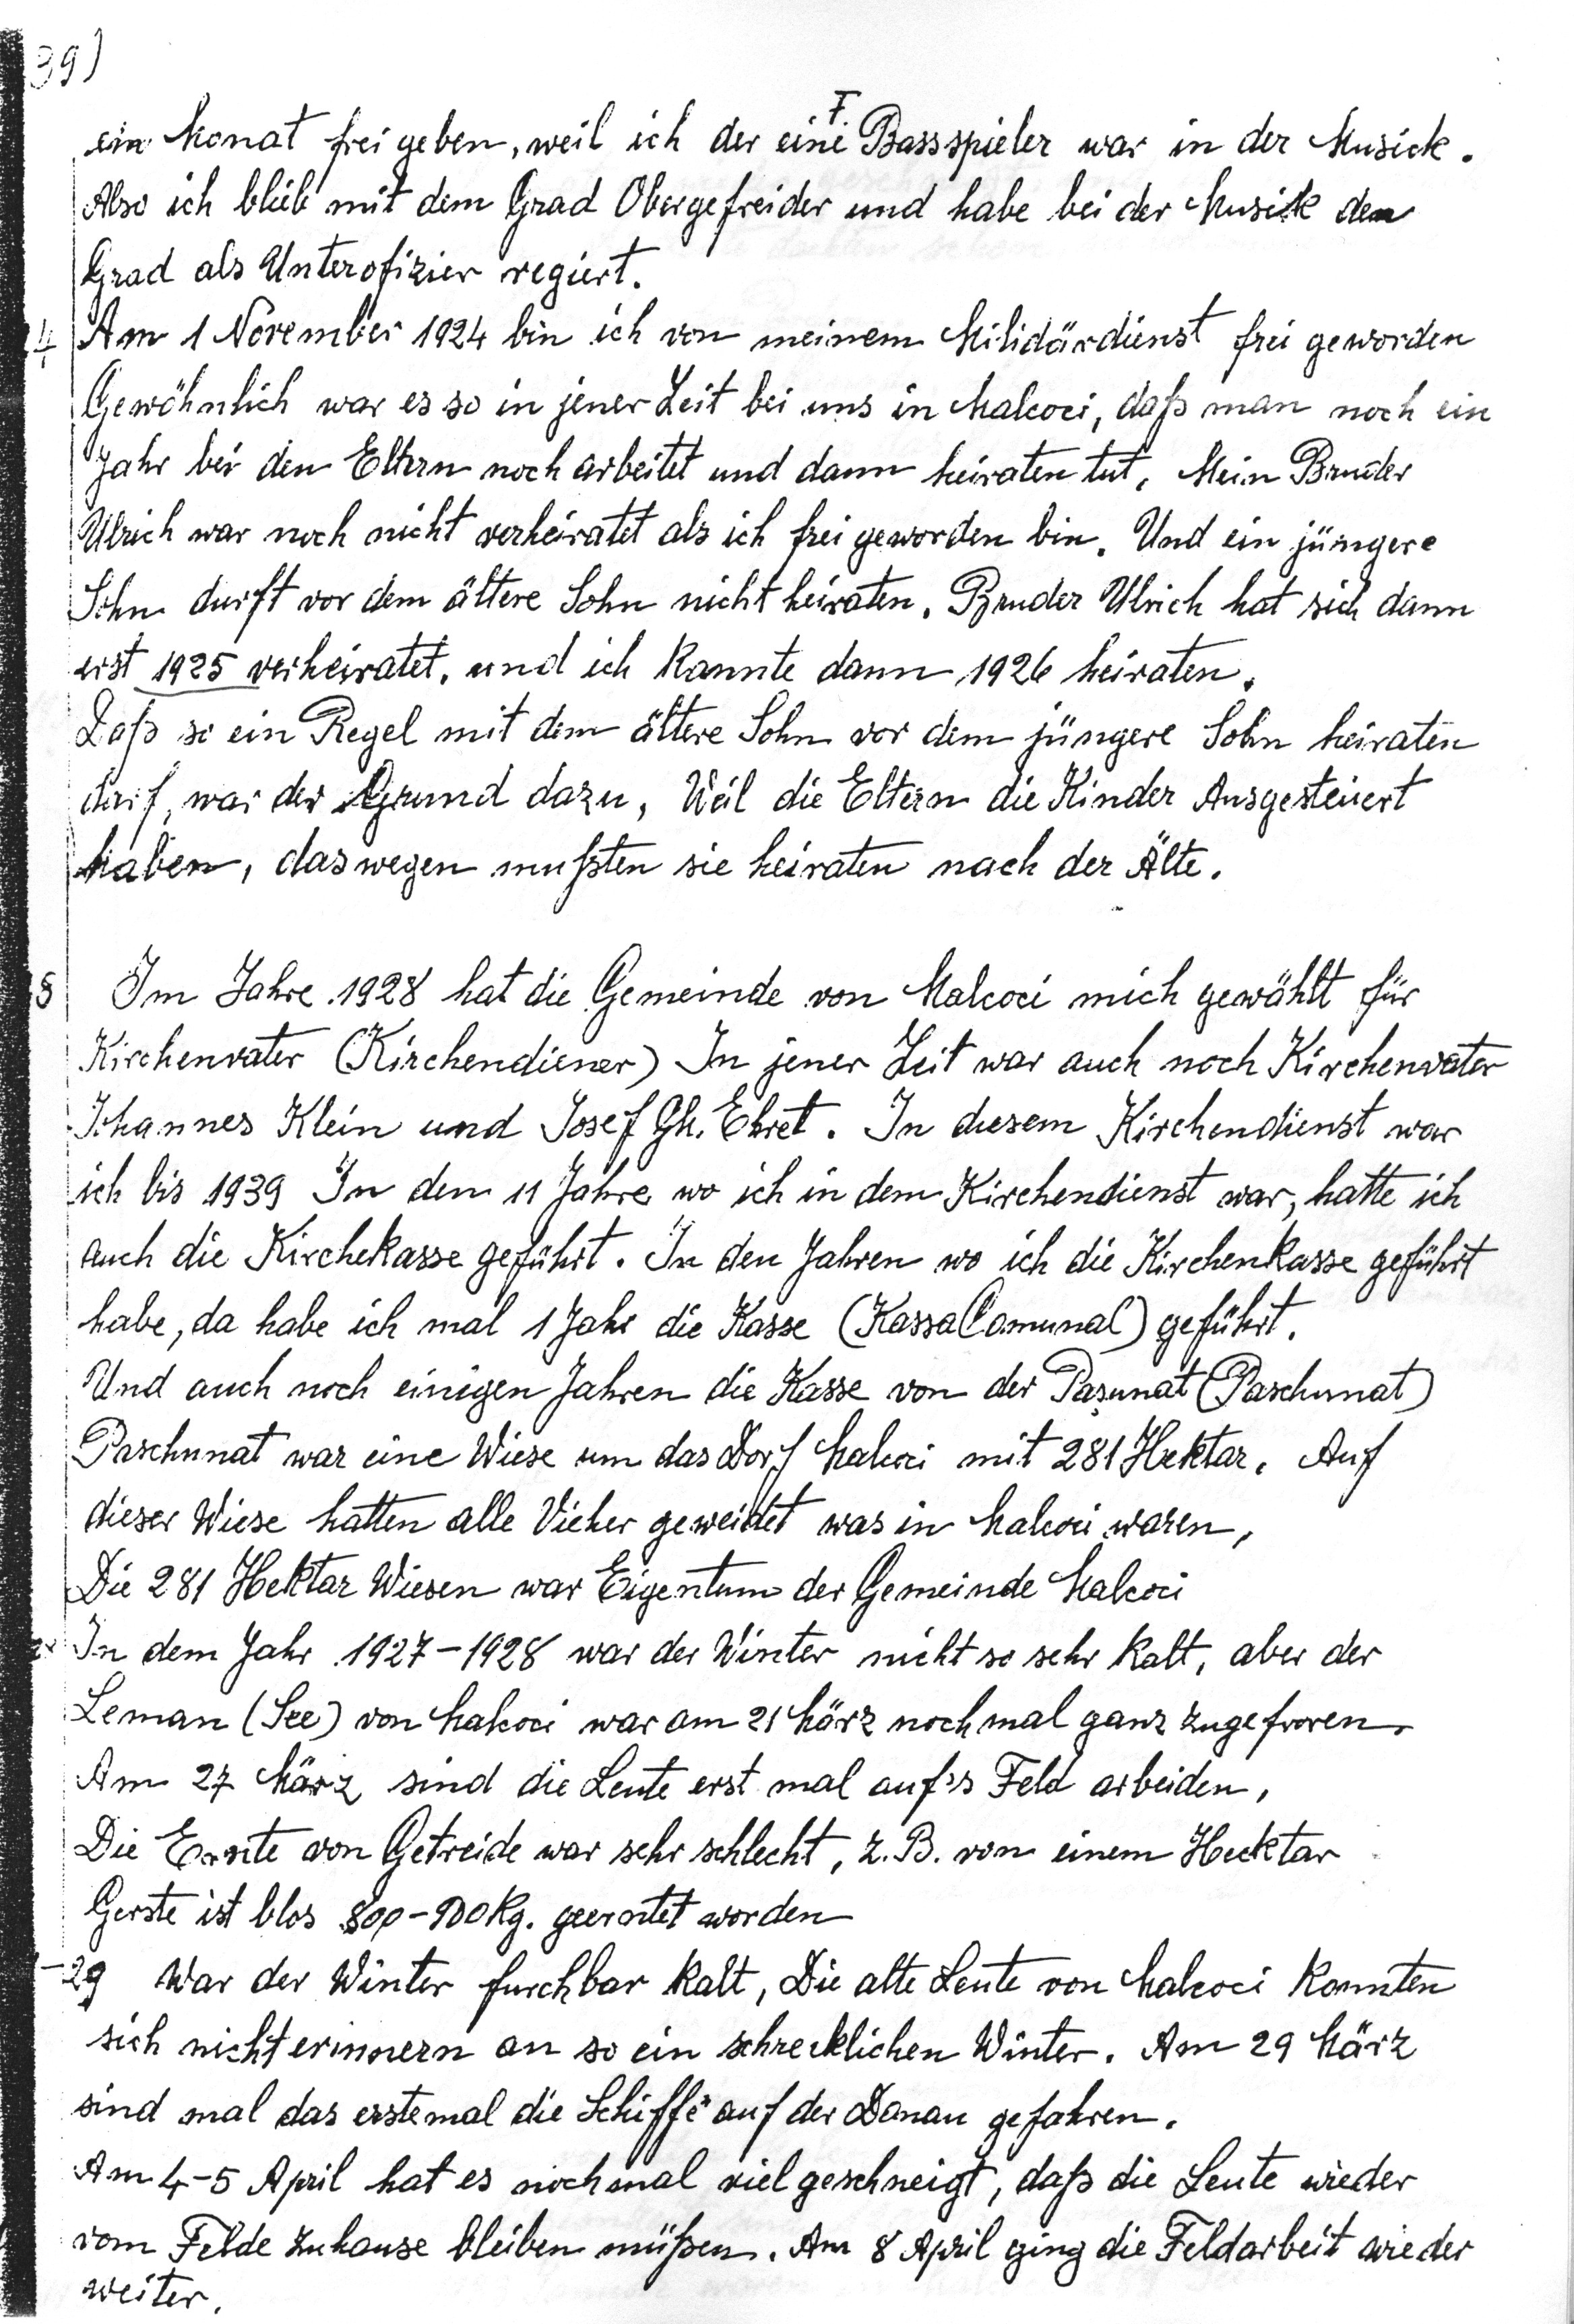
39
Ein Monat frei geben, weil ich der eine Bassspieler war in der Musick
Alos ich blieb mit dem Grad Obergefreiter und habe bei der Musick den
Grad als Unterofizier regiert.
4 Am 1 November 1924 bin ich von meinem Militärdienst frei geworden
Gewöhnlich war es so in jener Zeit bei uns in Malcoci, daß man noch ein
Jahr bei den Elternnoch arbeitet und dann heiraten tut. Mein Bruder
Ulrich war noch nicht verheiratet als ich frei geworden bin. Und ein jüngere
Sohn durft vor dem ältere Sohn nicht heiraten. Bruder Ulrich hat sich dann
erst 1925 verheiratet, und ich konnte dann 1926 heiraten.
Daß so ein Regel mit dem ältere Sohn vor dem jüngere Sohn heiraten
darf, war der Grund dazu, Weil die Eltern die Kinder Ausgesteuert
haben, das wegen mußten sie heiraten nach der Älte.
8 Im Jahre 1928 hat die Gemeinde von Malcoci mich gewählt für
Kirchenvater (Kirchendiener) In jener Zeit war auch noch Kirchenvater
Johannes Klein und Josef Gh Ehret. In diesem Kirchendienst war
ich bis 1939 In dem 11 Jahre wo ich in dem Kirchendienst war, hatte ich
auch die Kirchenkasse geführt. In den jahren wo ich die Kirchenkasse geführt
habe, da hab ich mal 1 Jahr die Kasse (KassaComunal) geführt.
Und auch noch einigen Jahren die Kasse von die Pasunat (Parchunat)
Parchunat war eine Wiese um das Dorf Malcoci mit 281 Hektar. Auf
dieser Wiese hatten alle Vicher geweidet was in Malcoci waren.
Die 281 Hektar Wiesen war Eigentum der Gemeinde Malcoci
In dem Jahr 1927 - 1928 war der Winter nicht so sehr kalt, aber der
Leman (See) von Malcoci war am 21 März noch mal ganz zugefroren.
Am 27 März sind die Leute erst mal aufs Feld arbeiden.
Die Ernte von Getreide war sehr schlecht, z.B. von einem hektar
Gerste ist blos 800-900 kg geerntet worden.
29 War der Winter furchbar kalt. Die alte Leute vom Malcoci konnten
sich nicht erinnern an so ein schrecklichen Winter. Am 29 März
sind mal das erste mal di4e Schiffe auf der Donau gefahren.
Am 4-5 April hat es noch mal viel geschneigt, daß die Leute wieder
vom Felde zu hause bleiben müßsen. Am 8 April ging die Feldarbeit wieder
weiter.